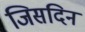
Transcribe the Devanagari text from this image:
जिसदिन